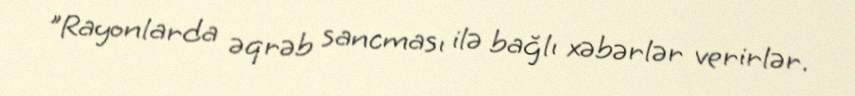
"Rayonlarda əqrəb sancması ilə bağlı xəbərlər verirlər.